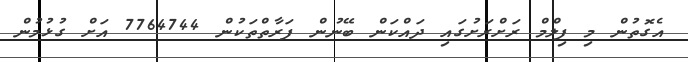
އެގޮތުން މި ފިލްމް ރަށްރަށުގައި ދައްކަން ބޭނުން ފަރާތްތަކުން 7764744 އަށް ގުޅުމުން